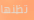
تظنها